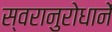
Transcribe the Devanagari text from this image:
स्वरानुरोधानें